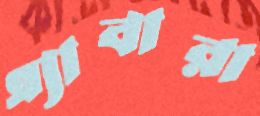
এ্যাবারা